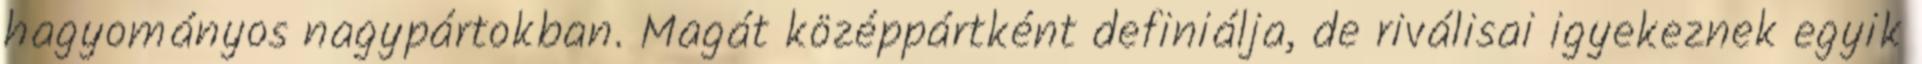
hagyományos nagypártokban. Magát középpártként definiálja, de riválisai igyekeznek egyik